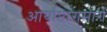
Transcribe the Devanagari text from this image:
आर्याष्टांगमार्ग